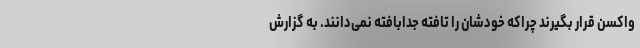
واکسن قرار بگیرند چراکه خودشان را تافته جدابافته نمی‌دانند. به گزارش